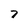
Character: 7